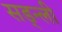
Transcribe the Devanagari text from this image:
सड्न्ली